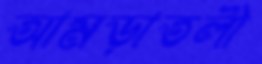
আমড়াতলী